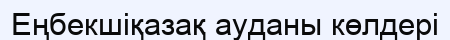
Еңбекшіқазақ ауданы көлдері